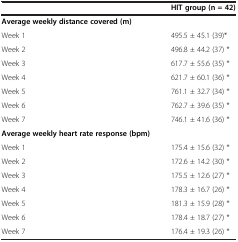
<table><thead><tr><td><b> </b></td><td><b>HIT group (n = 42)</b></td></tr></thead><tbody><tr><td><b>Average weekly distance covered (m)</b></td><td> </td></tr><tr><td>Week 1</td><td>495.5 ± 45.1 (39)*</td></tr><tr><td>Week 2</td><td>496.8 ± 44.2 (37) *</td></tr><tr><td>Week 3</td><td>617.7 ± 55.6 (35) *</td></tr><tr><td>Week 4</td><td>621.7 ± 60.1 (36) *</td></tr><tr><td>Week 5</td><td>761.1 ± 32.7 (34) *</td></tr><tr><td>Week 6</td><td>762.7 ± 39.6 (35) *</td></tr><tr><td>Week 7</td><td>746.1 ± 41.6 (36) *</td></tr><tr><td><b>Average weekly heart rate response (bpm)</b></td><td> </td></tr><tr><td>Week 1</td><td>175.4 ± 15.6 (32) *</td></tr><tr><td>Week 2</td><td>172.6 ± 14.2 (30) *</td></tr><tr><td>Week 3</td><td>175.5 ± 12.6 (27) *</td></tr><tr><td>Week 4</td><td>178.3 ± 16.7 (26) *</td></tr><tr><td>Week 5</td><td>181.3 ± 15.9 (28) *</td></tr><tr><td>Week 6</td><td>178.4 ± 18.7 (27) *</td></tr><tr><td>Week 7</td><td>176.4 ± 19.3 (26) *</td></tr></tbody></table>